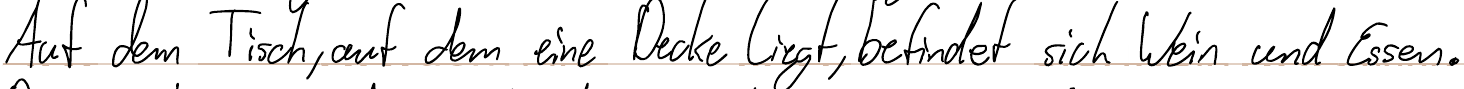
Auf dem Tisch, auf dem eine Decke liegt, befindet sich Wein und Essen.